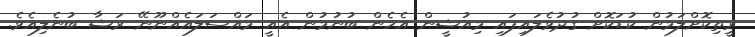
ރީތިކޮށްލަމުން ކުޑަކޮށް ގުދުވެލައިފައި މިއުޝީން އެހެން ބުނުމުން އެއީ މައްސަލައެއްނޫނޭ ރަޝާ ބުނެލިއެވެ.